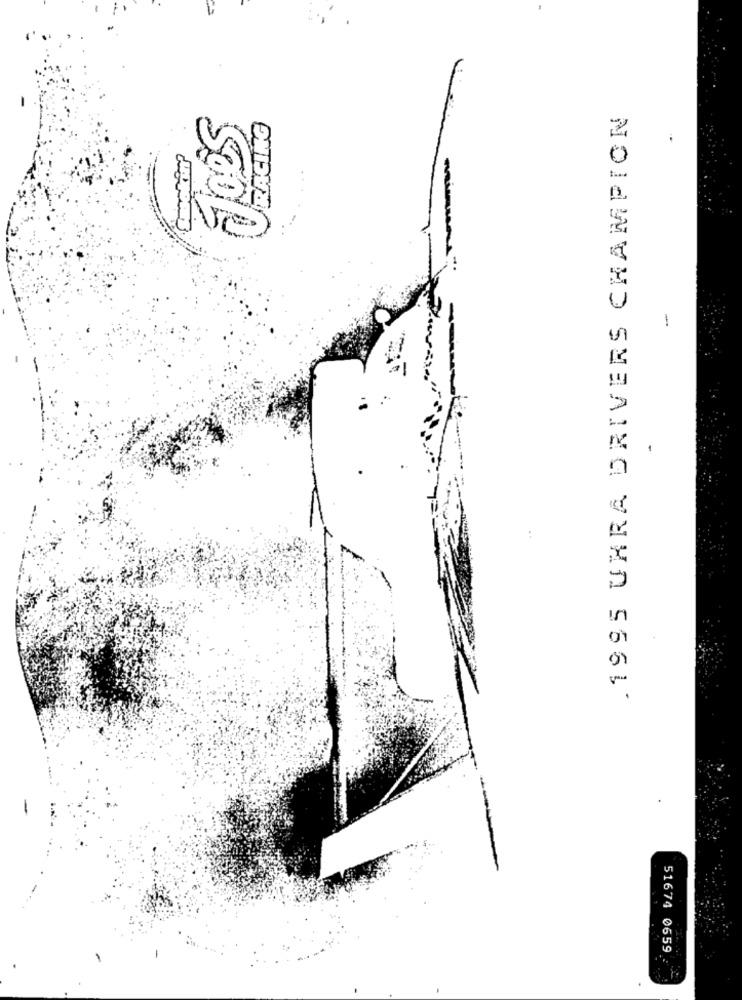
.1995 UHRA DRIVERS CHAMPION
RACING
-
51674 0659